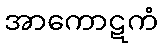
အာကောဋကံ